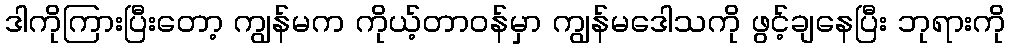
ဒါကိုကြားပြီးတော့ ကျွန်မက ကိုယ့်တာဝန်မှာ ကျွန်မဒေါသကို ဖွင့်ချနေပြီး ဘုရားကို